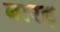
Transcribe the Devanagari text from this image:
बारह